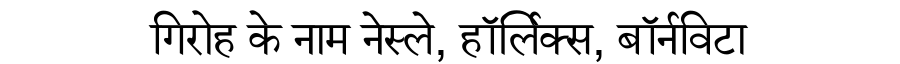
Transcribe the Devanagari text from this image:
गिरोह के नाम नेस्ले, हॉर्लिक्स, बॉर्नविटा